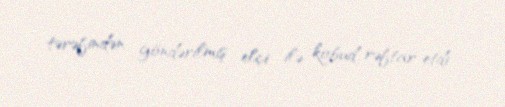
tərəfindən göndərilmiş elçi ilə kobud rəftar etdi.